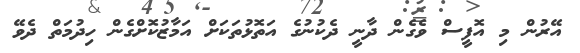
އޭރުން މި އޮފީސް ވެގެން ދާނީ ދެކުނުގެ އަތޮޅުތަކަށް އަމާޒުކޮށްގެން ހިދުމަތް ދެވޭ